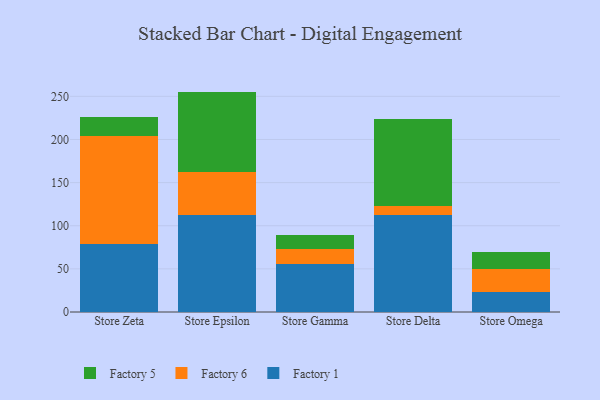
{"axis": {"x": "Store", "y": "Shipments"}, "legend": ["Factory 1", "Factory 5", "Factory 6"], "data": [{"x": "Store Zeta", "y": 79.1, "type": "Factory 1"}, {"x": "Store Zeta", "y": 125.2, "type": "Factory 6"}, {"x": "Store Zeta", "y": 21.6, "type": "Factory 5"}, {"x": "Store Epsilon", "y": 112.7, "type": "Factory 1"}, {"x": "Store Epsilon", "y": 49.1, "type": "Factory 6"}, {"x": "Store Epsilon", "y": 93.7, "type": "Factory 5"}, {"x": "Store Gamma", "y": 55.5, "type": "Factory 1"}, {"x": "Store Gamma", "y": 17.6, "type": "Factory 6"}, {"x": "Store Gamma", "y": 16.3, "type": "Factory 5"}, {"x": "Store Delta", "y": 112.3, "type": "Factory 1"}, {"x": "Store Delta", "y": 10.9, "type": "Factory 6"}, {"x": "Store Delta", "y": 100.8, "type": "Factory 5"}, {"x": "Store Omega", "y": 23.2, "type": "Factory 1"}, {"x": "Store Omega", "y": 26.6, "type": "Factory 6"}, {"x": "Store Omega", "y": 19.9, "type": "Factory 5"}]}